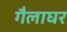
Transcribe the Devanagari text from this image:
गैलाघर